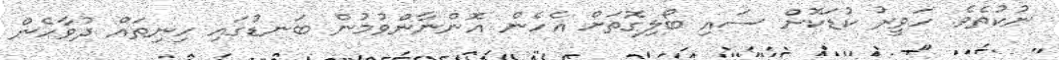
ނުކުތެވެ. ހަވީރު ކުޑަކޮށް ސައި ބޯލިގޮތަށް އެހެން އޮންނާންވުމުން ބަނޑުގައި ހިނިތައް ދުވާހެން